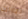
تيارات